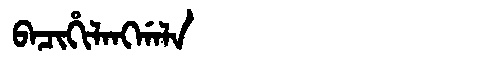
Manchu: ᠪᠠᠴᡳᡥᡳᠯᠠᠩᡤᠠᠯᠠ
Romanization: BACIHILANGGALA